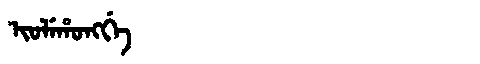
Manchu: ᡳᠣᠯᡝᡥᠣᠩᡤᡝ
Romanization: IOLEHONGGE